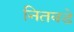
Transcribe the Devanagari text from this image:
नितवडे